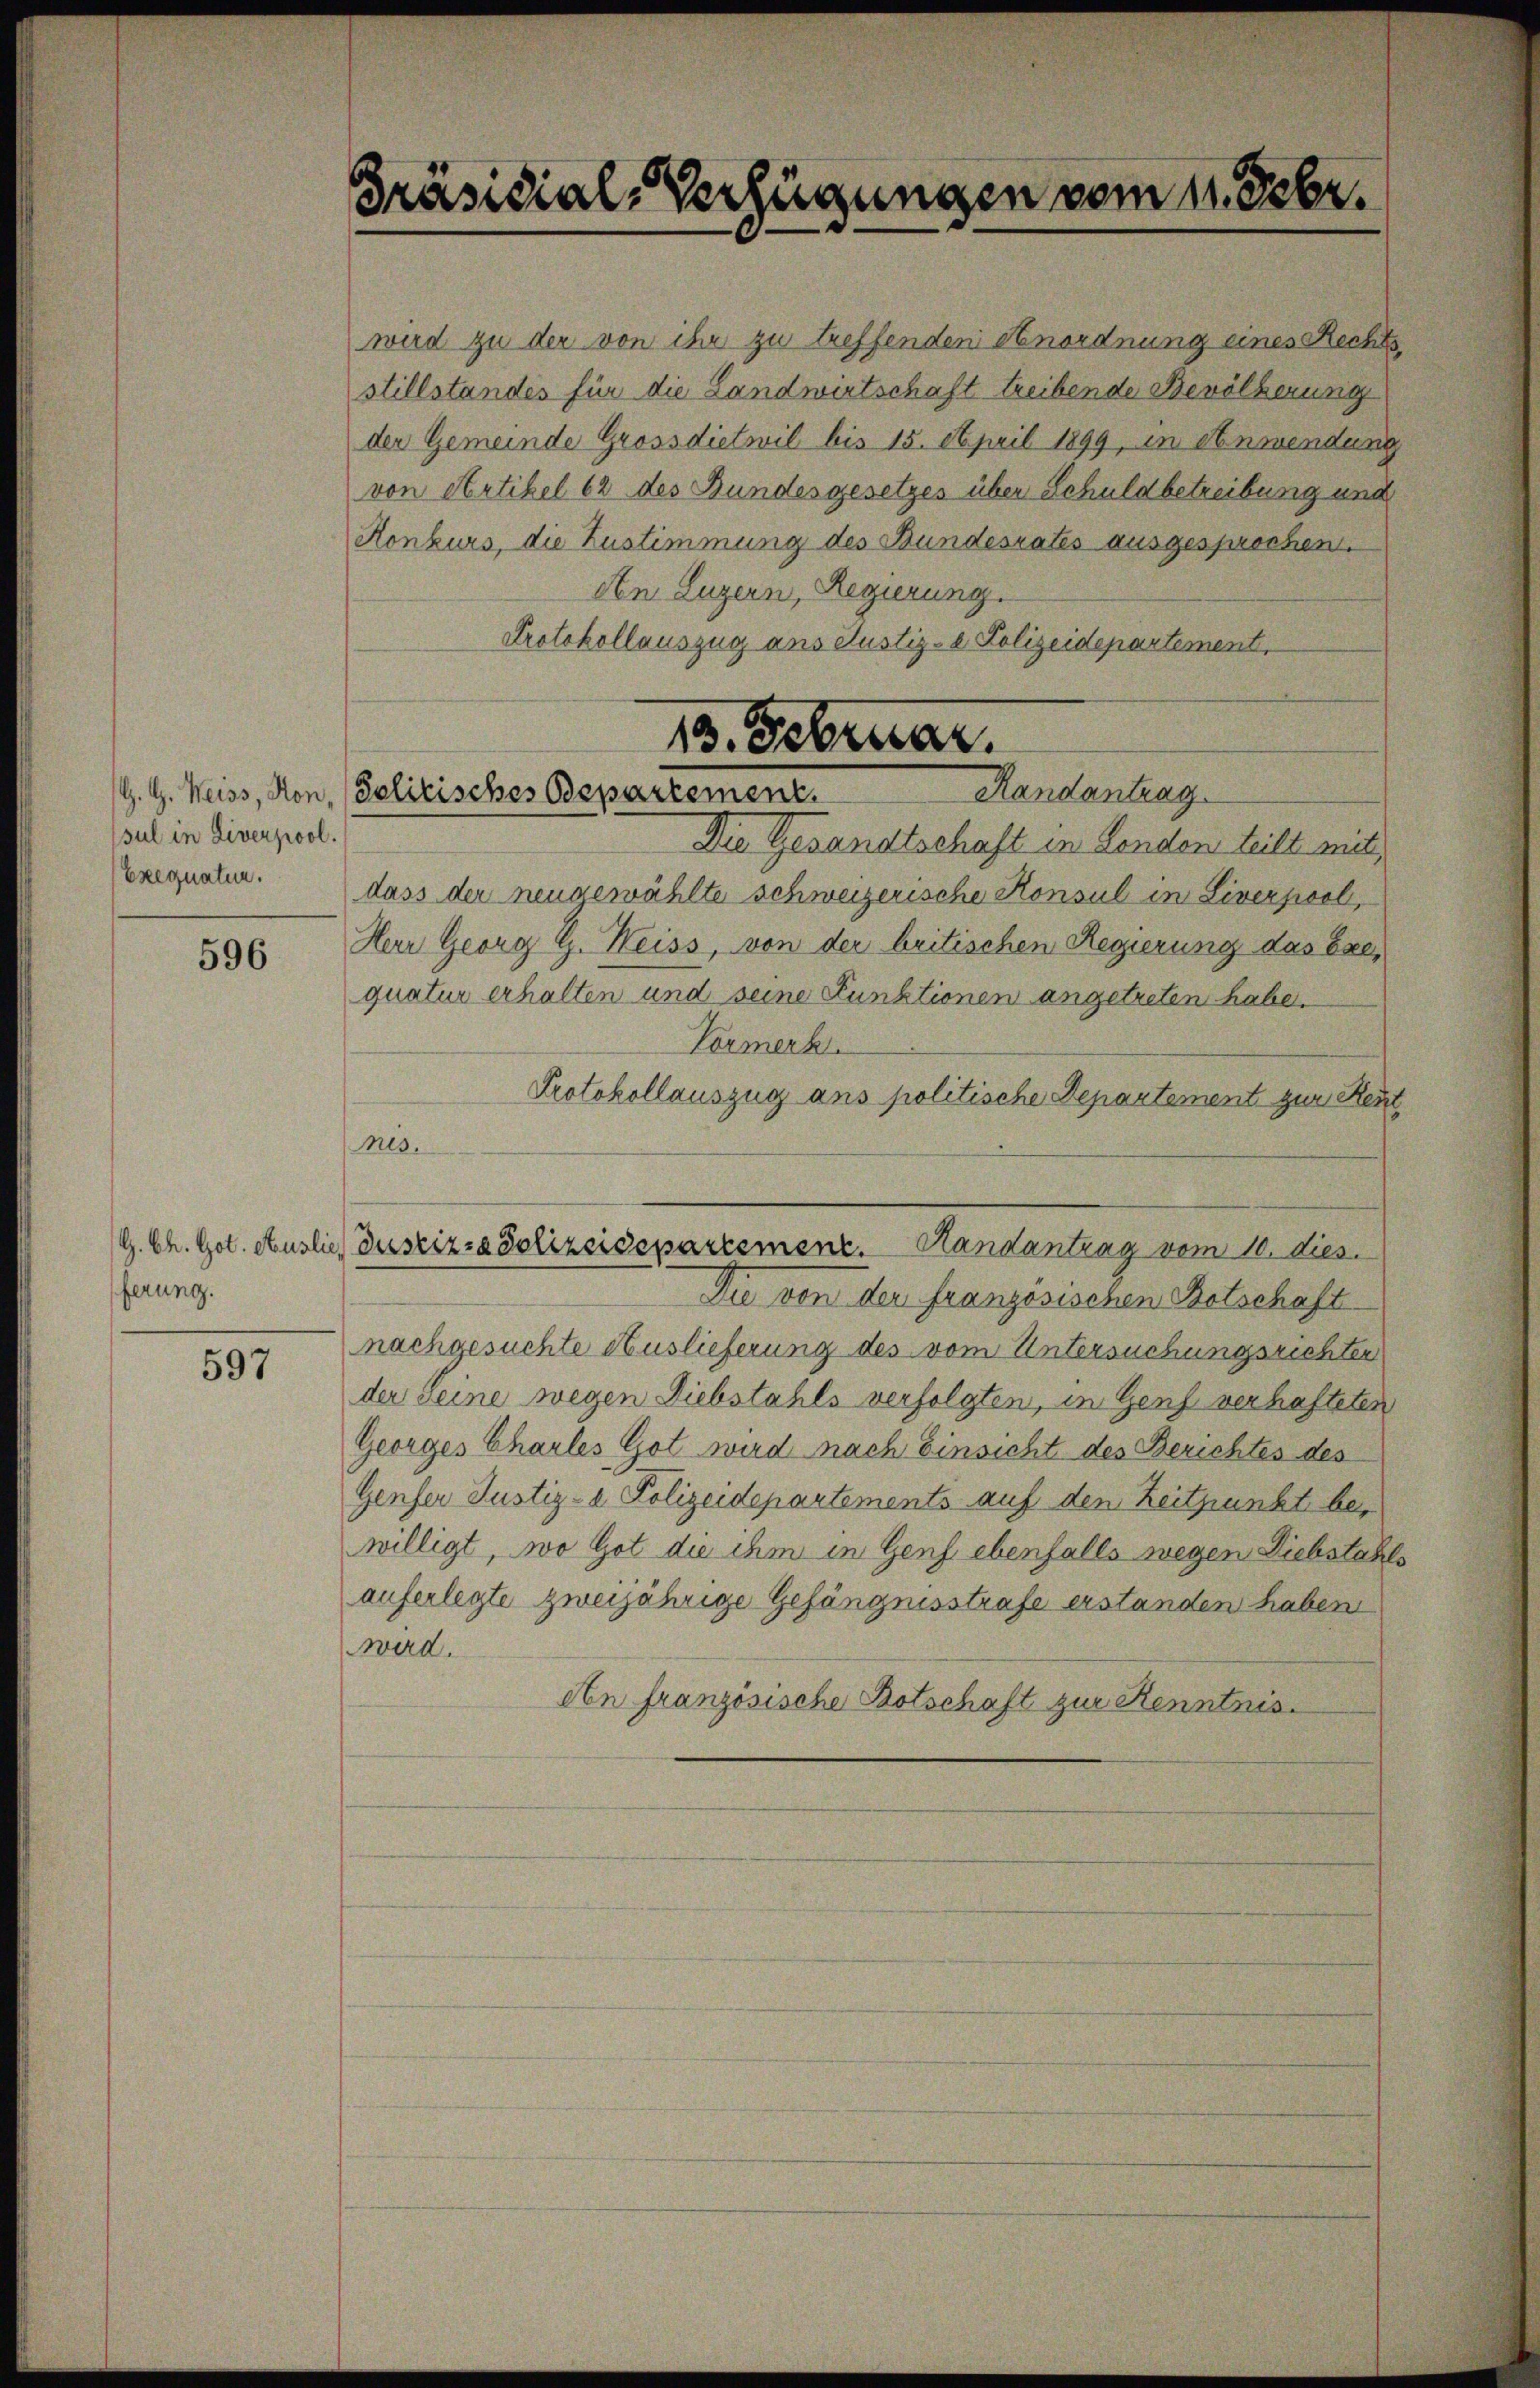
sul in Liverpool.

596

ferung.

597

Präsidial-Verfügungen vom 14. Febr.

wird zu der von ihr zu treffenden Anordnung eines Rechtsstillstandes für die Landwirtschaft treibende Bevölkerung
der Gemeinde Grossdietwil bis 15. April 1899, in Anwendung
von Artikel 62 des Bundesgesetzes über Schuldbetreibung und
Konkurs, die Zustimmung des Bundesrates ausgesprochen.
An Luzern, Regierung.
Protokollauszug ans Justiz- & Polizeidepartement,
Die Gesandtschaft in Landen teilt mit
Erignalen. dass der neugewählte schweizerische Konsul in Liverpool,
Herr Georg Z. Weiss, von der britischen Regierung das Exequatur erhalten und seine Punktionen angetreten habe.
Vormerk
Protokollauszug ans politische Departement zur Rein
nis.
G. Ch. Got. Auslie Justiz- & Polizeidepartement. Handantrag vom 10. dies
Die von der französischen Botschaft
nachgesuchte Auslieferung des vom Untersuchungsrichter
der Seine wegen Diebstahls verfolgten, in Genf verhafteten
Georges Charles Got wird nach Einsicht des Berichtes des
Genfer Justiz- & Polizeidepartements auf den Zeitpunkt bewilligt, wo Got die ihm in Genf ebenfalls wegen Diebstahls
auferlegte zweijährige Gefängnisstrafe erstanden haben
wird.
An französische Botschaft zur Kenntnis.

13. Februar.
Randantrag
G. G. Weiss, Kon, (Politisches Odepartement.